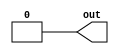
module C_Constant(out);

    parameter BITS = 1;
    parameter value = {BITS{1'b0}};
    output [BITS-1:0] out;
    
    assign out = value;

endmodule